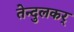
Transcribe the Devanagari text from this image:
तेन्दुलकर्